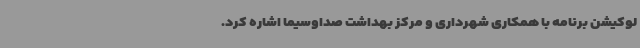
لوکیشن برنامه با همکاری شهرداری و مرکز بهداشت صداوسیما اشاره کرد.